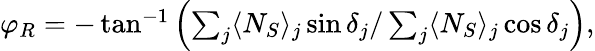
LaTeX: \begin{array}{r}{\varphi_{R}=-\tan^{-1}\left(\sum_{j}\langle N_{S}\rangle_{j}\sin\delta_{j}/\sum_{j}\langle N_{S}\rangle_{j}\cos\delta_{j}\right),}\end{array}